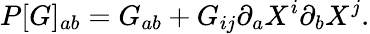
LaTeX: P[G]_{ab}=G_{ab}+G_{ij}\partial_{a}X^{i}\partial_{b}X^{j}.